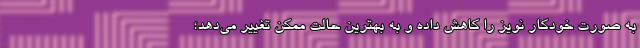
به صورت خودکار نویز را کاهش داده و به بهترین حالت ممکن تغییر می‌دهد؛